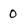
Character: 0